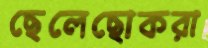
ছেলেছোকরা